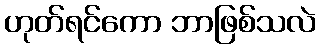
ဟုတ်ရင်ကော ဘာဖြစ်သလဲ